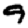
Digit: 9